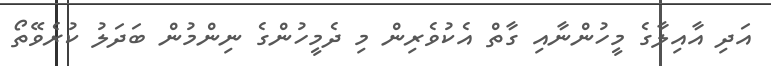
އަދި އާއިލާގެ މީހުންނާއި ގާތް އެކުވެރިން މި ދެމީހުންގެ ނިންމުން ބަދަލު ކުރެވޭތޯ